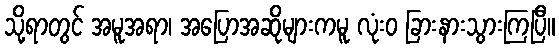
သို့ရာတွင် အမူအရာ၊ အပြောအဆိုများကမူ လုံးဝ ခြားနားသွားကြပြီ။